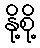
နို့စို့